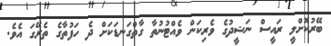
ބޭރުކޮށްލީ ރައީސް ނަޝީދުގެ ވެރިކަން ވެއްޓުނުތާ ގާތްގަނޑަކަށް ދެ ހަފުތާގެ ތެރޭގަ އެވެ.